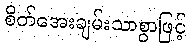
စိတ်အေးချမ်းသာစွာဖြင့်